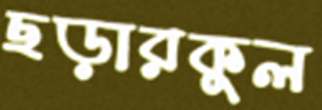
ছড়ারকুল